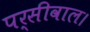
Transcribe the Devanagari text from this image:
पर्सीवाल।